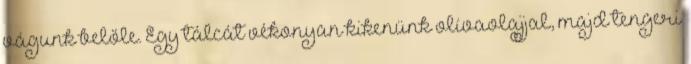
vágunk belőle. Egy tálcát vékonyan kikenünk olívaolajjal, majd tengeri